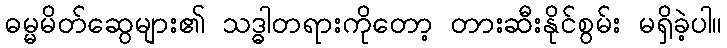
ဓမ္မမိတ်ဆွေများ၏ သဒ္ဓါတရားကိုတော့ တားဆီးနိုင်စွမ်း မရှိခဲ့ပါ။